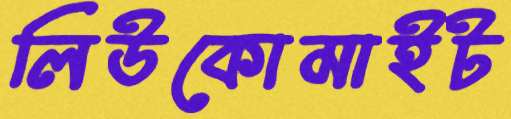
লিউকোমাইট